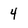
Character: 4